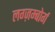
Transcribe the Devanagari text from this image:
लग्ज़म्बोर्ग